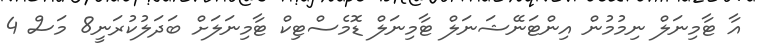
އާ ޓާމިނަލް ނިމުމުން އިންޓަނޭޝަނަލް ޓާމިނަލް ޑޮމެސްޓިކް ޓާމިނަލަށް ބަދަލުކުރަނީ8 މަސް 4